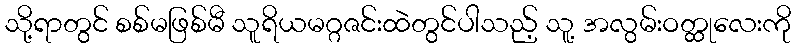
သို့ရာတွင် စစ်မဖြစ်မီ သူရိယမဂ္ဂဇင်းထဲတွင်ပါသည့် သူ့ အလွမ်းဝတ္ထုလေးကို